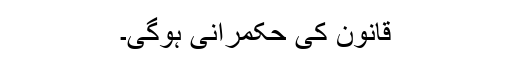
قانون کی حکمرانی ہوگی۔